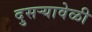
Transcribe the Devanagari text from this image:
दुसऱ्यावेळी